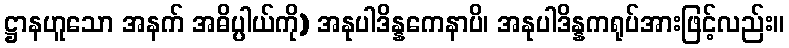
ဋ္ဌာနဟူသော အနက် အဓိပ္ပါယ်ကို) အနုပါဒိန္နကေနာပိ၊ အနုပါဒိန္နကရုပ်အားဖြင့်လည်း။